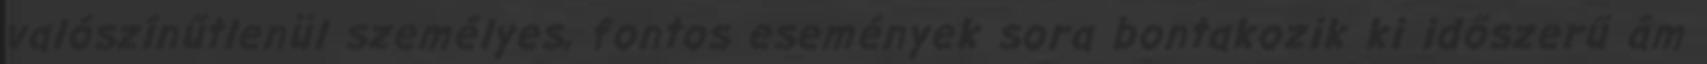
valószínűtlenül személyes, fontos események sora bontakozik ki időszerű ám